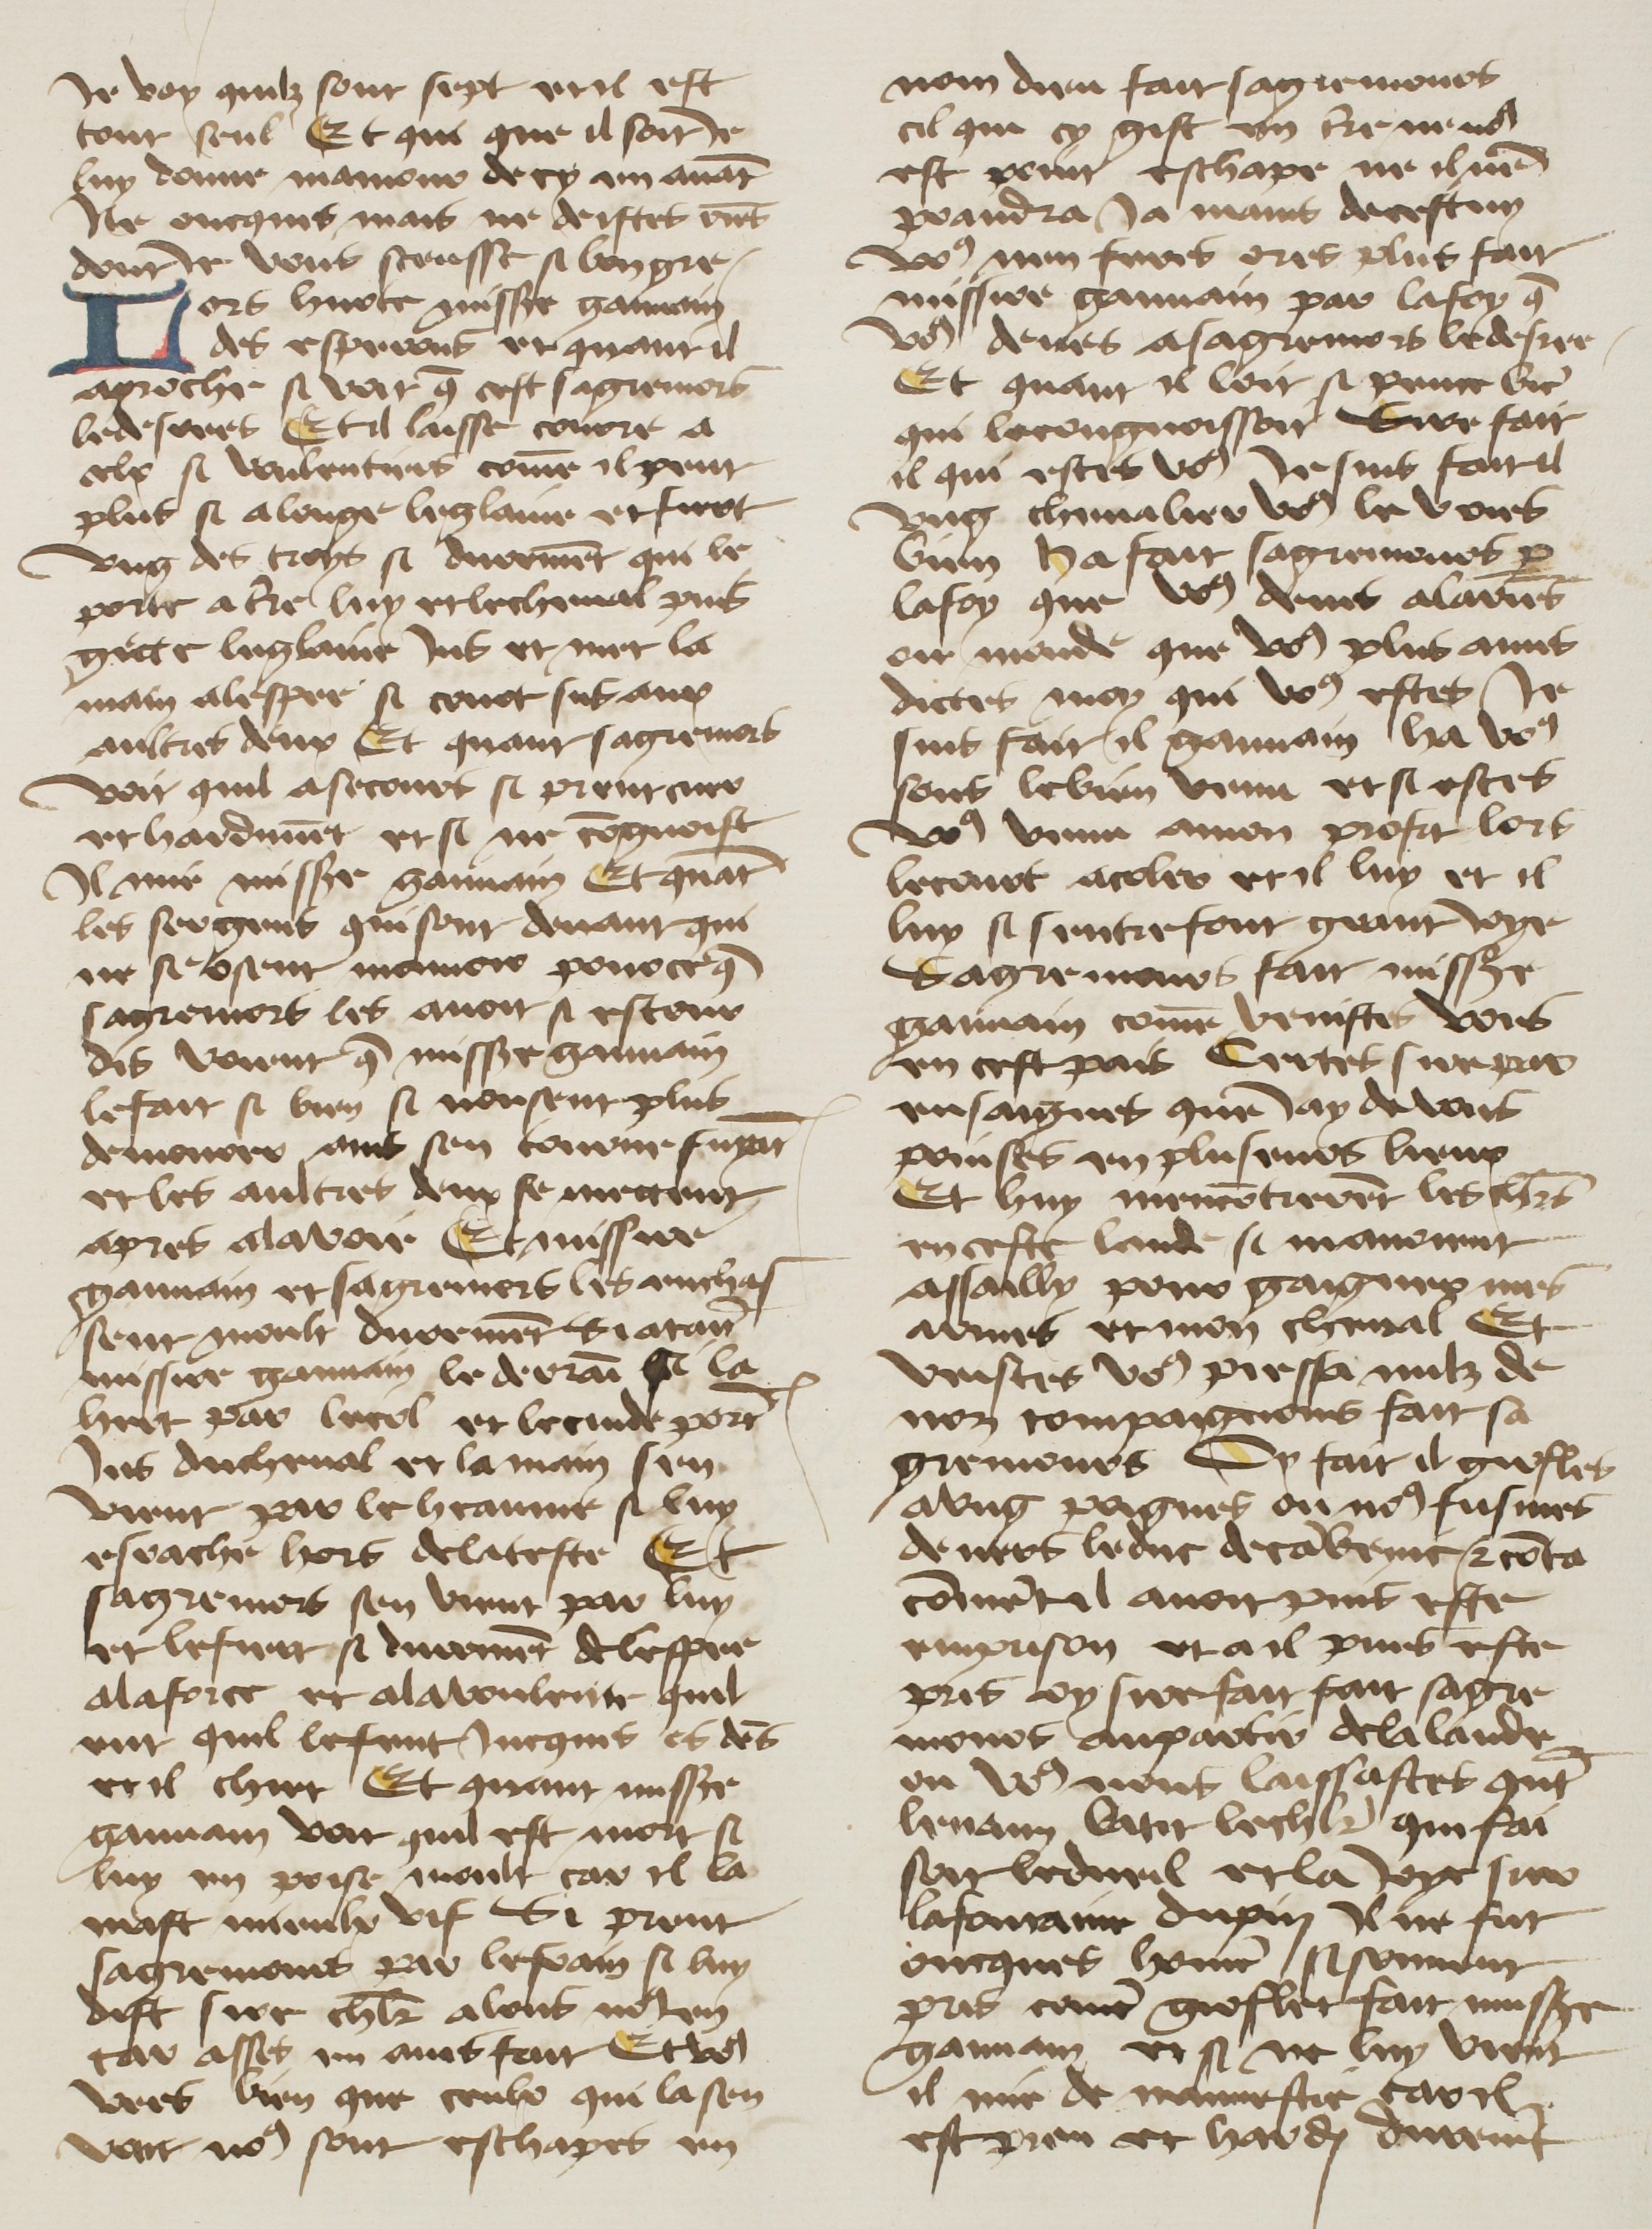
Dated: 1400–1499